Medical and sanitary report on the native army of Bombay for the year
Year: 1879
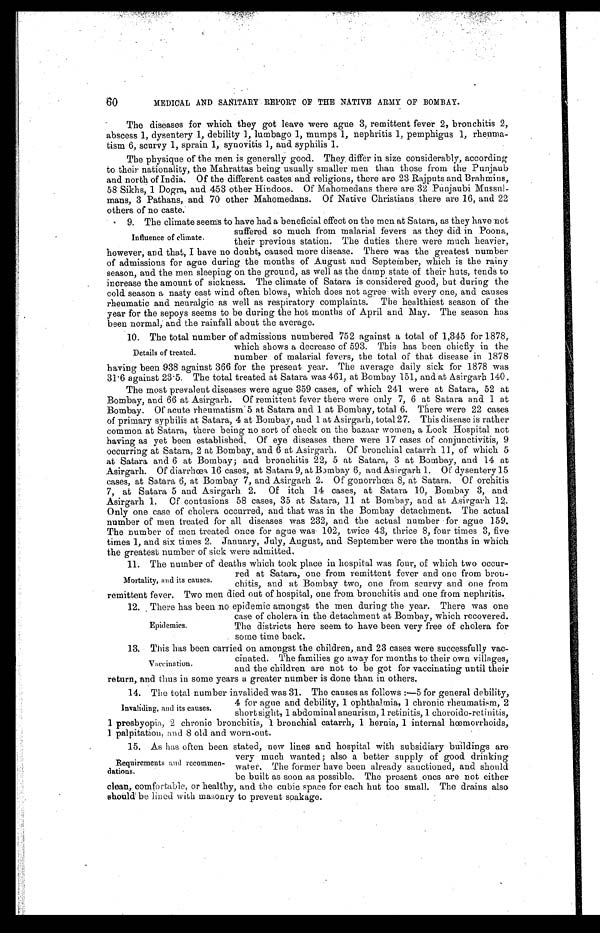
60
MEDICAL AND SASITARY REPORT OP THE NATIVE ARMY OF BOMBAY.
6 0 M E D I C A L A N D S A N I T A R Y R E P O R T O F T H E N A T V E A R M Y O F B O M B A Y . The diseases for which they got leave were ague 3, remittent fever 2, bronchitis 2,
abscess 1, dysentery 1, debility 1, lumbago 1, mumps 1, nephritis 1, pemphigus 1, rhenma
- t i s m 6 , s c u r v y 1 , s p r a i n 1 , s y n o v i t i s 1 , a n d s y p h i l i s 1 .
The physique of the men is generally good. They, differ in size considerably, according
to their nationality, the Mahrattas being usually smaller men than those from the Punjaub
and north of India. Of the different castes and religions, there are 23 Rajputs and Brahmins,
58 Sikhs, 1 Dogra, and 453 other Hindoos. Of Mahomedans there are 32 Punjaubi Mussul
- m a n s , 3 P a t h a n s , a n d 7 0 o t h e r M a h o m e d a n s . O f N a t i v e C h r i s t i a n s t h e r e a r e 1 6 , a n d 2 2
others of no caste.
9. nephritis.The climate seems to have had a beneficial effect on the men at Satara, as they have not
suffered so much from malarial fevers as they did in Poona,
Influence of climate.
their previous station. The duties there were much heavier,
however, and that, I have no doubt, caused more disease. There was the greatest number
of admissions for ague during, the months of August and September, which is the rainy
season, and the men sleeping on the ground, as well as the damp state of their huts, tends to
increase the amount of sickness. The climate of Satara is considered good, but during the
cold season a nasty east wind often blows, which does not agree with every one, and causes
rheumatic and neuralgic as well as respiratory complaints. The healthiest season of the
year for the sepoys seems to be during the hot months of April and May. The season has
been normal, and the rainfall about the average.
10. The total number of admissions numbered 752 against a total of 1,345 for 1878,
.
which shows a decrease of 593. This has been chiefly in the
Details of treated
number of malarial fevers, the total of that disease in 1878
having been 938 against 366 for the present year. The average daily sick for 1878 was
31.6 against 23.5. The total treated at Satara was 461, at Bombay 151, and at Asirgarh 140.
The most prevalent diseases were ague 359 cases, of which 241 were at Satara, 52 at
Bombay, and 66 at Asirgarh. Of remittent fever there were only 7, 6 at Satara and 1 at
Bombay. Of acute rheumatism 5 at Satara and 1 at Bombay, total 6. There were 22 cases
of primary syphilis at Satara, 4 at Bombay, and 1 at Asirgarh, total 27. This disease is rather
common at Satara, there being no sort of check on the bazaar women, a Lock Hospital not
having as yet been established. Of eye diseases there were 17 cases of conjunctivitis, 9
occurring at Satara, 2 at Bombay, and 6 at Asirgarh. Of bronchial catarrh 11, of which 5
at Satara and 6 at Bombay; and bronchitis 22, 5 at Satara, 3 at Bombay, and 14 at
Asi r gar h. Of di ar r hœa 16 cases, at Sat ar a 9, at Bombay 6, and Asi r gar h 1. Of dysent er y 15
c a s e s , a t S a t a r a 6 , a t B o m b a y 7 , a n d A s i r g a r h 2 . O f g o n o r r h œ a 8 , a t S a t a r a . O f o r c h i t i s
7, at Satara 5 and Asirgarh 2. Of itch 14 cases, at Satara 10, Bombay 3, and
A s i r g a r h 1 . O f c o n t u s i o n s 5 8 c a s e s , 3 5 a t S a t a r a , 1 1 a t B o m b a y , a n d a t A s i r g a r h 1 2 .
Only one case of cholera occurred, and that was in the Bombay detachment. The actual
number of men treated for all diseases was 232, and the actual number for ague 159.
The number of men treated once for ague was 102, twice 43, thrice 8, four times 3, five
times 1, and six times 2. January, July, August, and September were the months in which
the greatest number of sick were admitted.
11. The number of deaths which took place in hospital was four, of which two occur-
red at Satara, one from remittent fever and one from broth.
Mortality, and its causes.chitis, and at Bombay two, one from scurvy and one from
remittent fever. Two men died out of hospital, one from bronchitis and one from nephritis.
12. There has been no epidemic amongst the men during the year.There was one
case of cholera in the detachment at Bombay, which recovered.
The districts here seem to have been very free of cholera for
. some time back.
13.This has been carried on amongst the children, and 23 cases were successfully vac-
cinated. The families go away for months to their own villages
Vaccination. and the children are not to be got for vaccinating until their
return,. and thus in some years a greater number is done than in others.
14.The total number invalided was 31. The causes as follows for general debility,
4 for ague and debility, 1 ophthalmia, 1 chronic rheumatism, 2
Invaliding and its causes. short sight, 1 abdominal aneurism, 1 retinitis, 1 choroido-retinitis,
1 presbyopia, 2 chronic bronchitis, 1 bronchial catarrh, 1 hernia, 1 internal hœmorrhoids,
1 palpitation, and 8 old and worn-out.
15.As has often been stated, new lines and hospital with subsidiary buildings are
very much wanted; also a better supply of good drinking
water. The former have been already sanctioned, and should
be built as soon as possible. The present .ones are not either
clean, comfortable, or healthy, and the cubic space for each hut too small. The drains also
should be lined with masonry to prevent soakage.
Epidemics.
Requirements and recommen
-dations.